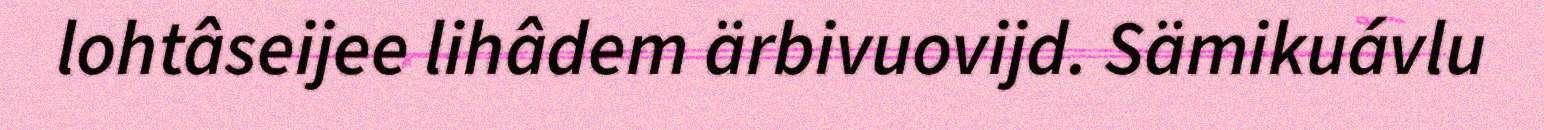
lohtâseijee lihâdem ärbivuovijd. Sämikuávlu